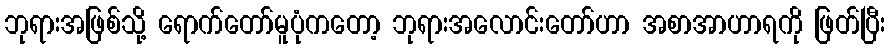
ဘုရားအဖြစ်သို့ ရောက်တော်မူပုံကတော့ ဘုရားအလောင်းတော်ဟာ အစာအာဟာရကို ဖြတ်ပြီး